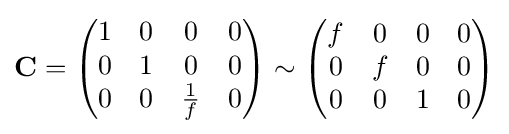
\mathbf {C} ={\begin{pmatrix}1&0&0&0\\0&1&0&0\\0&0&{\frac {1}{f}}&0\end{pmatrix}}\sim {\begin{pmatrix}f&0&0&0\\0&f&0&0\\0&0&1&0\end{pmatrix}}